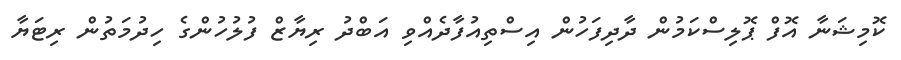
ކޮމިޝަނާ އޮފް ޕޮލިސްކަމުން ދާދިފަހުން އިސްތިއުފާދެއްވި އަބްދު ރިޔާޒް ފުލުހުންގެ ހިދުމަތުން ރިޓަޔާ